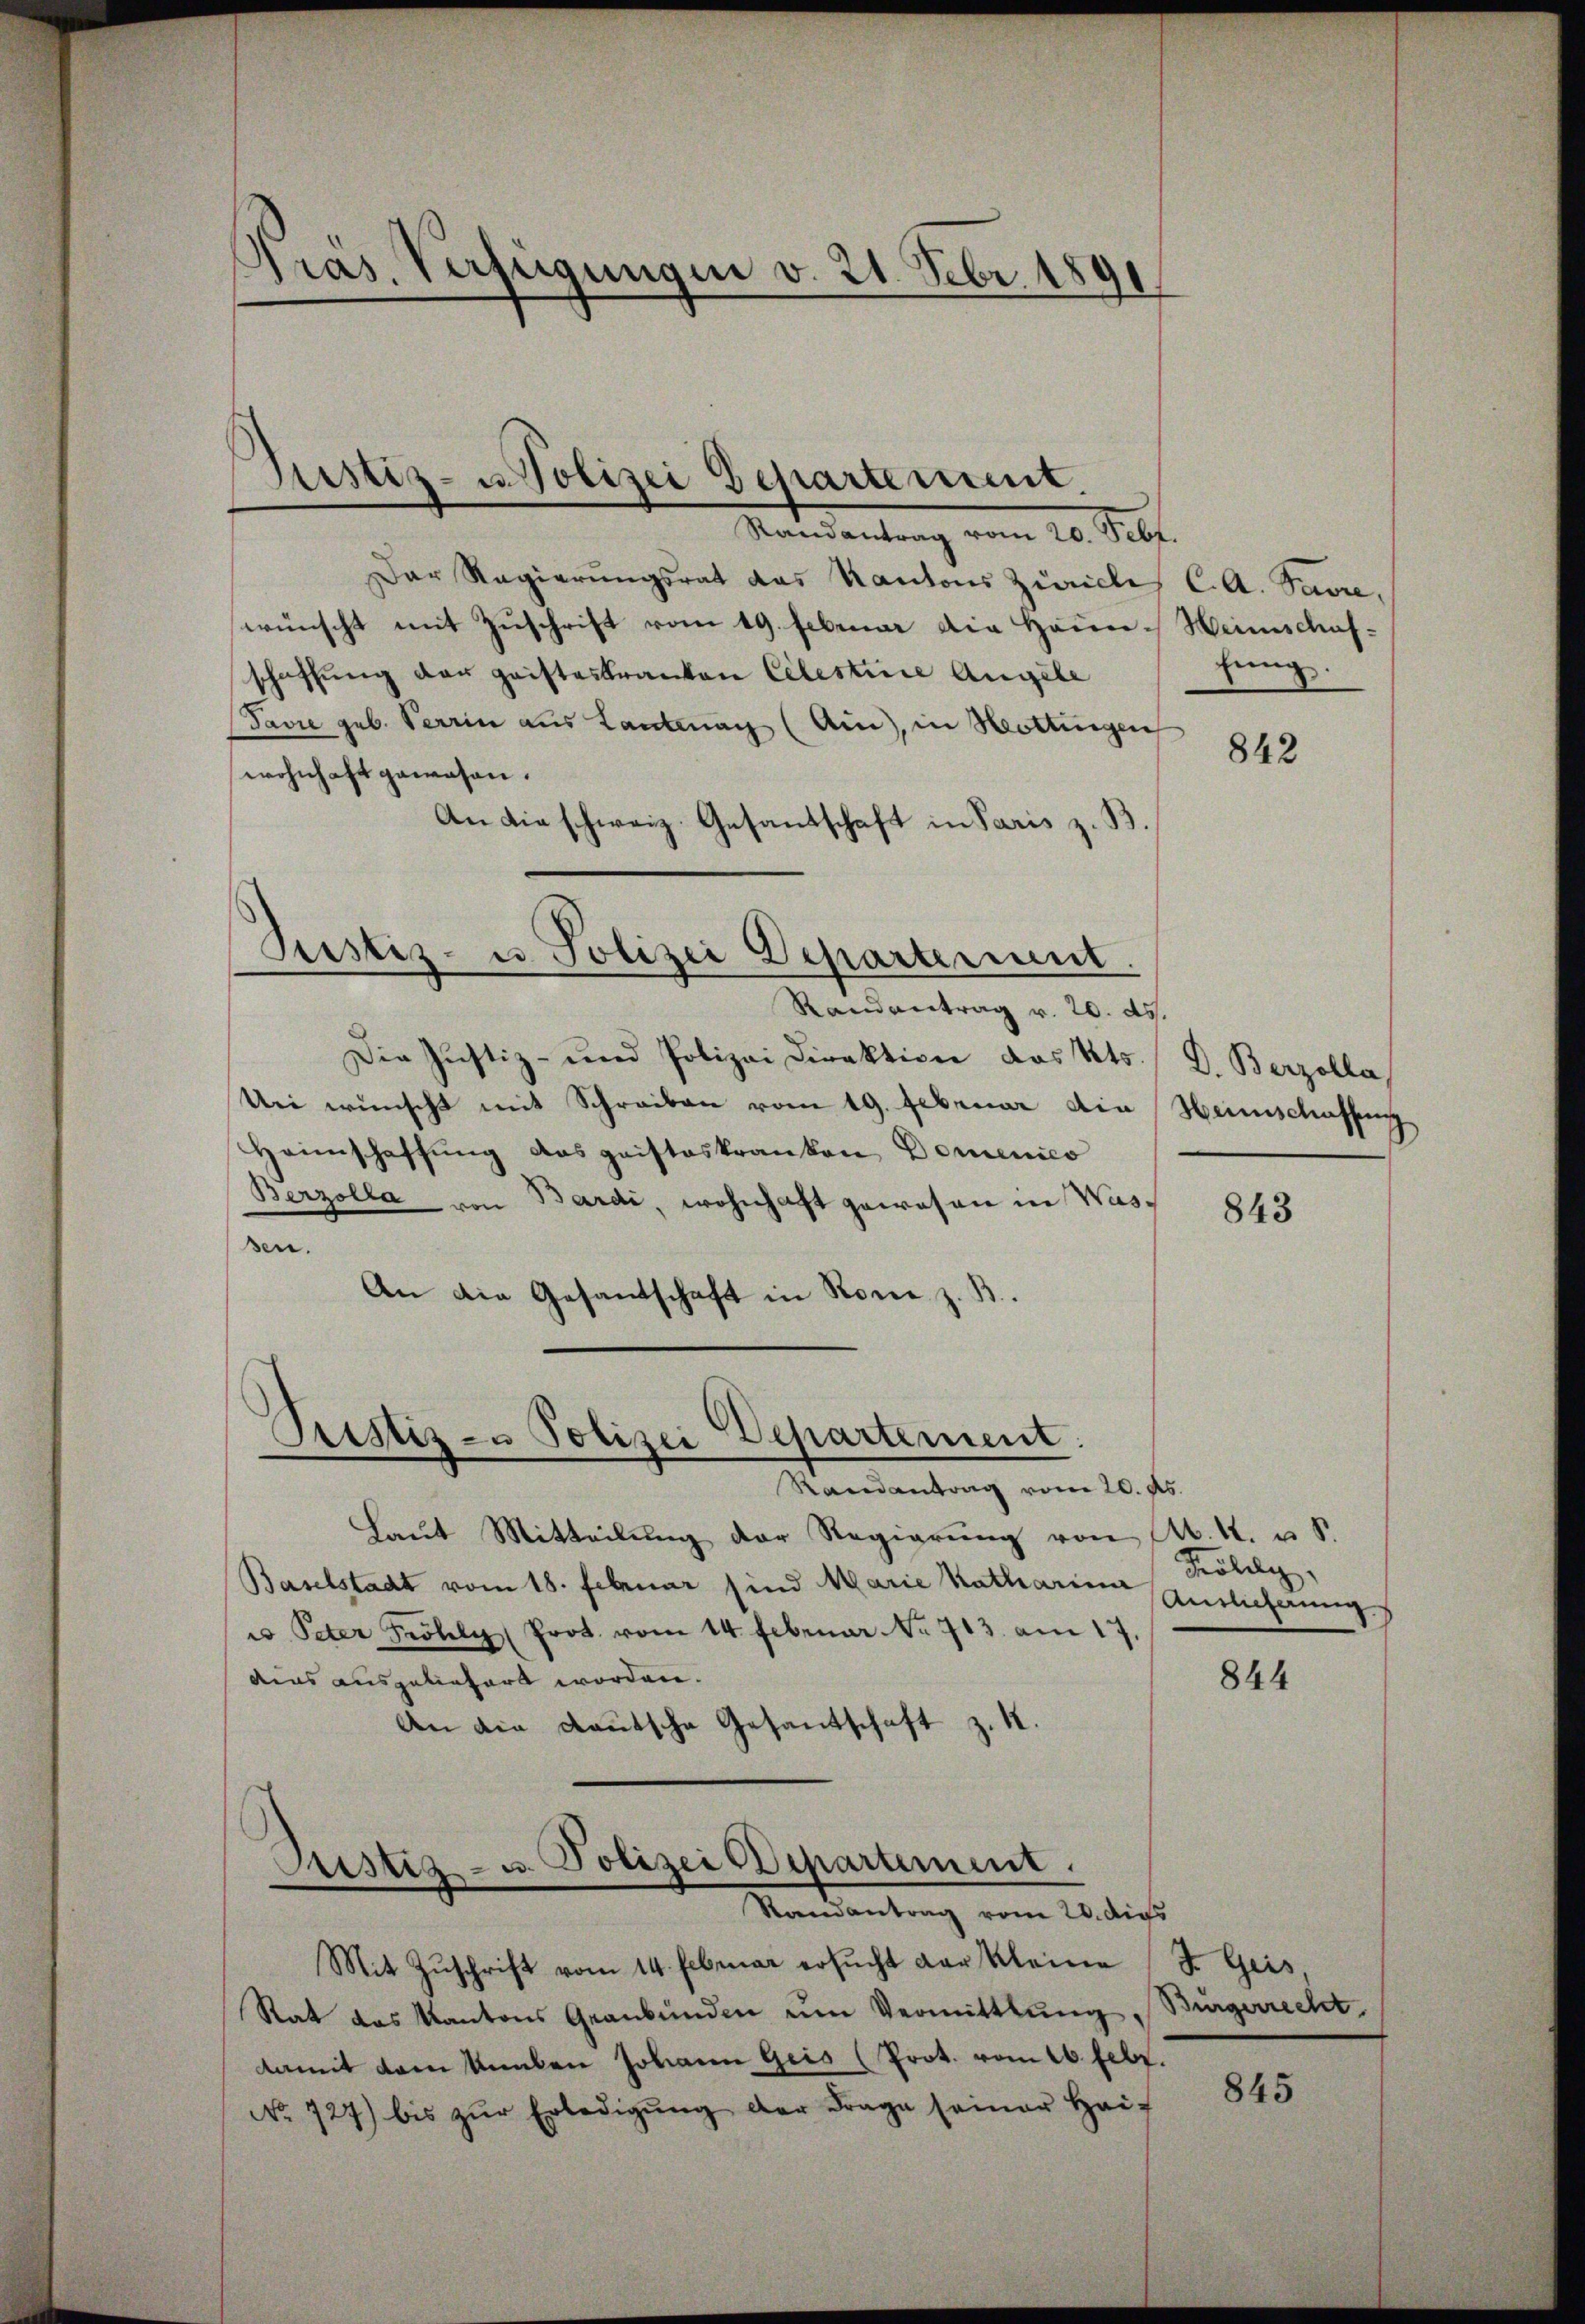
Präs. Verfügungen v. 21. Febr. 1891

Randantrag vom 20. Sebt.
Der Regierŭngsrat das Kantons Zürich C. A. Savre,
wünscht mit Zuschrift vom 19. Februar die Häun-Weinschafschaffung der haisteskranton Celestinie Angele
Favre geb. Perrin aus Lantenag (Ain), in Hottingen
wohnhaft gewesen.
An die schweiz. Gesandschaft in Paris z. B.
Pestiz- u. Polizei Departement.
Randantrag v. 20. ds.
Die Justiz- und Polizei Direktion des Kts. / D. Berzolla,
Une wünscht mit Schreiben vom 19. Februar die Heimschaffen
Heimschaffung das geisteskranken, Domenico
Berzolla von Bardi, wohnhaft gewesen in Wassen.
An die Gesandschaft in Rone z.

Justiz- u. Polizei Departement.

Justiz- & Polizei Departement.
—

Justiz- u. Polizei Departement.
Randantrag vom 20. dies

hung.

Randantrag vom 20. ds.
Laut Mitteilŭng der Regierung von A. R. u. S.
Baselstadt vom 18. Februar sind Marie Katharium Auslieferung
u Peter Fröhly (Prot. vom 14. Februar No 713. am 17.
ains ausgeliefert worden.
An die Kautsche Gesantschaft z. B.

Mit Zŭschrift vom 14. Februar ersucht der Kleine
Rat des Kantons Graubünden um Vermittlung
damit dem kanten Johann Geis (Prot. vom 16. Febr.
No 727) bis zŭr Erledigŭng der Frage seiner Haf

842

843

Kölely,

844

S. Geis
Bürgerrecht

845